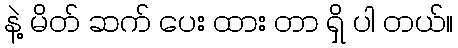
နဲ့ မိတ် ဆက် ပေး ထား တာ ရှိ ပါ တယ်။